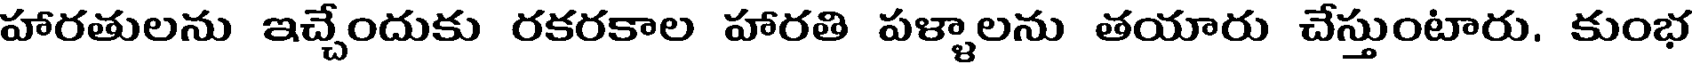
హారతులను ఇచ్చేందుకు రకరకాల హారతి పళ్ళాలను తయారు చేస్తుంటారు. కుంభ